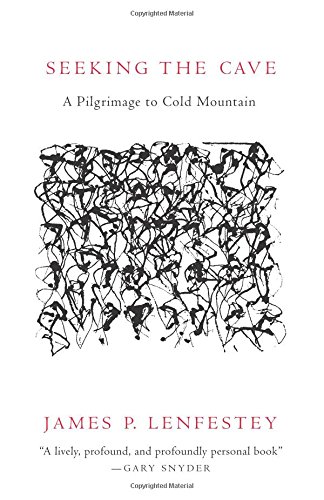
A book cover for Seeking the Cave: A Pilgrimage To Cold Mountain; James P. Lenfestey; Biographies & Memoirs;